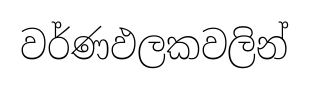
වර්ණඵලකවලින්